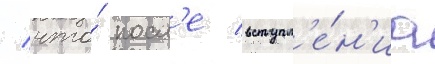
/ что́ посл'е вступл'е́н'иа